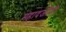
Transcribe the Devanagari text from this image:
महादजींनी